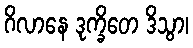
ဂိလာနေ ဒုက္ခိတေ ဒိသွာ၊